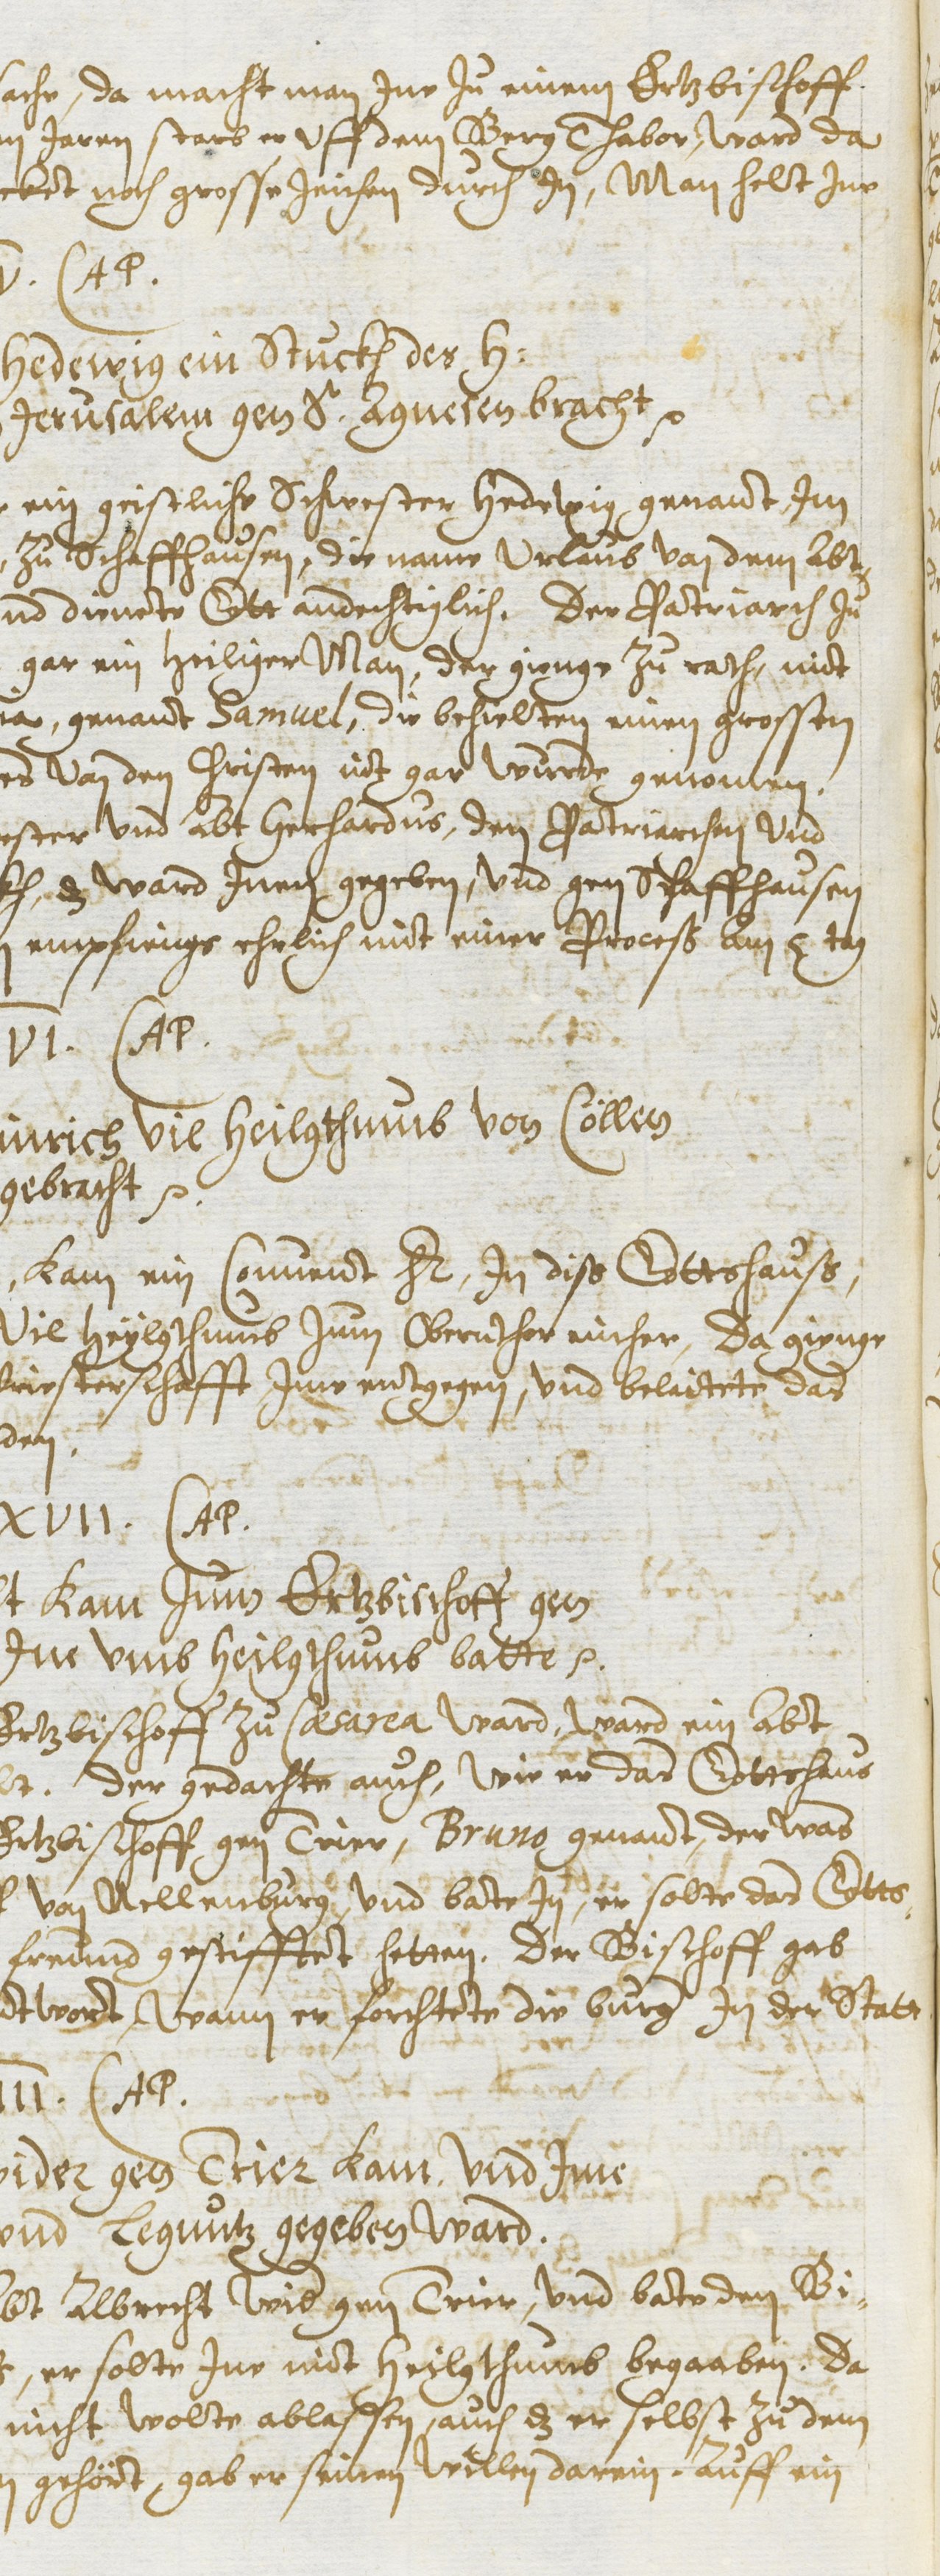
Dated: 1614–1638